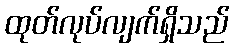
ထုတ်လုပ်လျက်ရှိသည်